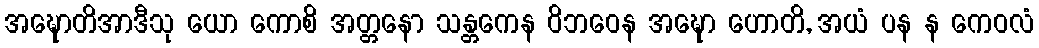
အဍ္ဎောတိအာဒီသု ယော ကောစိ အတ္တနော သန္တကေန ဝိဘဝေန အဍ္ဎော ဟောတိ, အယံ ပန န ကေဝလံ